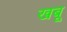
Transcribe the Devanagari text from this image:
खबू